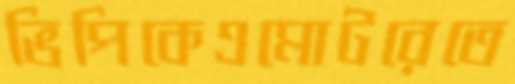
ভিপিকেএমোটরেতে